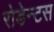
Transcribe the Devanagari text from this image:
रोडेन्टस